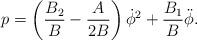
LaTeX: \begin{align*}p=\left(\frac{B_2}{B}- \frac{A}{2B} \right)\dot{\phi}^2 +\frac{B_1}{B}\ddot{\phi}.\end{align*}